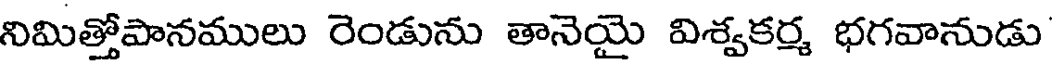
నిమిత్తోపానములు రెండును తానెయై విశ్వకర్మ భగవానుడు